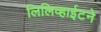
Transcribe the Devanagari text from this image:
लिलिव्हाईटने